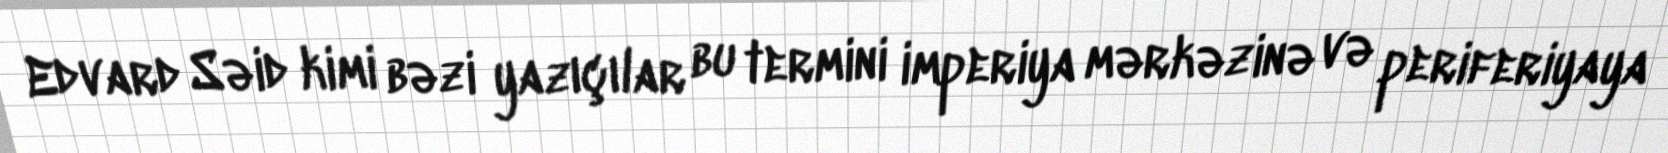
Edvard Səid kimi bəzi yazıçılar bu termini imperiya mərkəzinə və periferiyaya